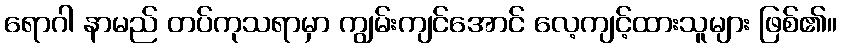
ရောဂါ နာမည် တပ်ကုသရာမှာ ကျွမ်းကျင်အောင် လေ့ကျင့်ထားသူများ ဖြစ်၏။